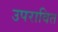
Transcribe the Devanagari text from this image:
उपरावित